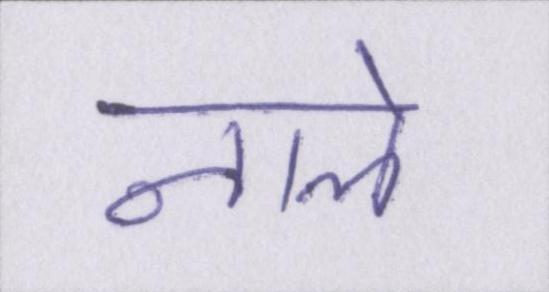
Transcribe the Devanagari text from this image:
नाले